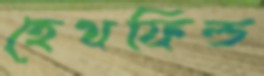
হেথফিল্ড